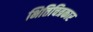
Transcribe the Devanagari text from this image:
भित्तिचित्रकार